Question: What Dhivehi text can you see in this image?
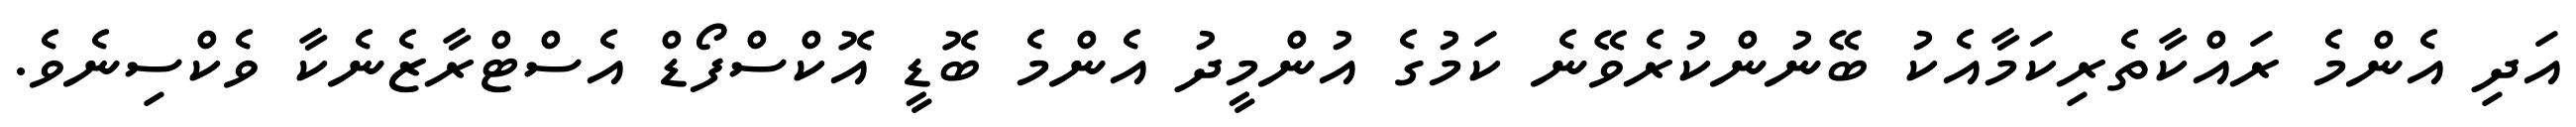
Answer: އަދި އެންމެ ރައްކާތެރިކަމާއެކު ބޭނުންކުރެވޭނެ ކަމުގެ އުންމީދު އެންމެ ބޮޑީ އޮކްސްފޯޑް އެސްޓްރާޒެނެކާ ވެކްސިނެވެ.